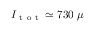
I _ { \mathrm { ~ t ~ o ~ t ~ } } \simeq 7 3 0 ~ \mu